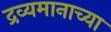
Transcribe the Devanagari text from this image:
द्रव्यमानाच्या